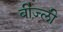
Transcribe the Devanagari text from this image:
बीज़्ली